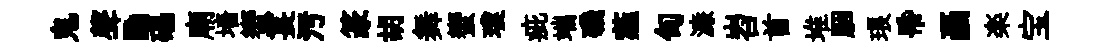
鬼聲·礧廟墻蠁萇污篆胡舞蠁瓊疵端磯薤甸濓岧首堆胭琅帋画楽宝